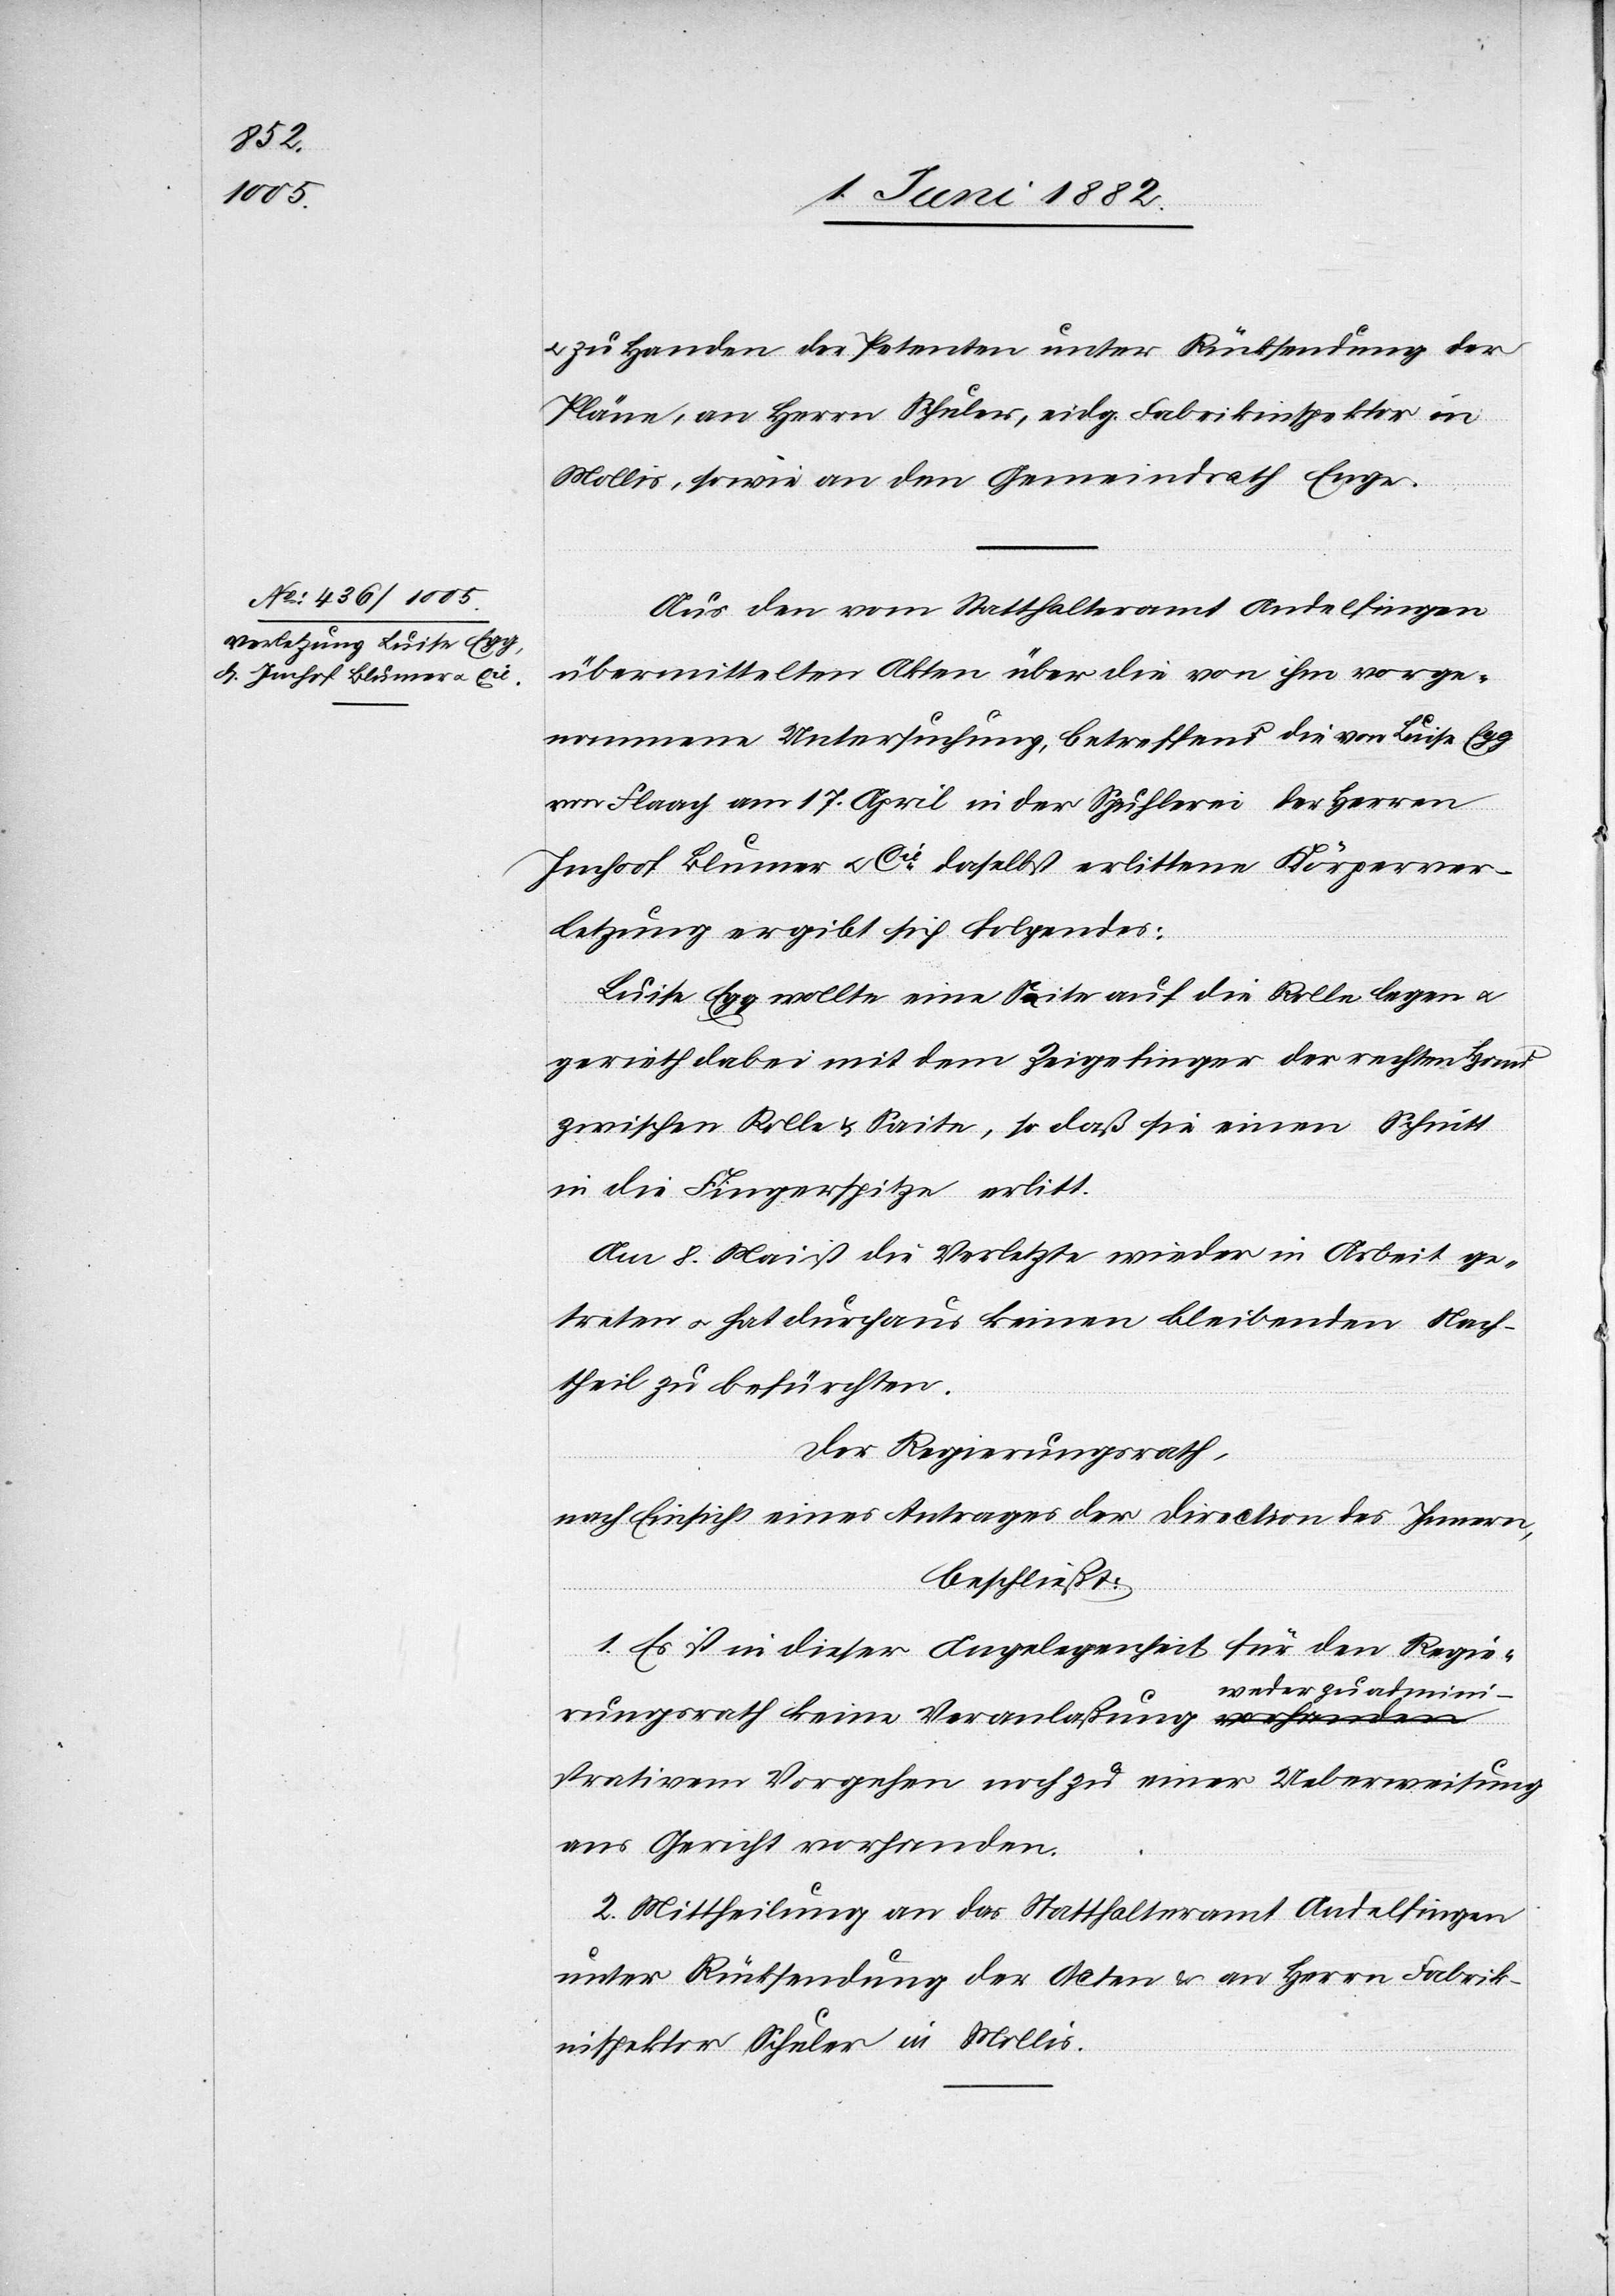
admini¬

u. zu Handen der Petenten unter Rücksendung der
Pläne, an Herrn Schuler, eidg. Fabrikinspektor in
Mollis, sowie an den Gemeindrath Enge.
Aus den vom Statthalteramt Andelfingen
übermittelten Akten über die von ihm vorge¬
nommene Untersuchung, betreffend die von Luise Egg
von Flaach am 17. April in der Spuhlerei der Herren
Imhof Blumer u. Cie daselbst erlittene Körperver¬
letzung ergibt sich Folgendes:
Luise Egg wollte eine Saite auf die Rolle legen u.
gerieth dabei mit dem Zeigefinger der rechten Hand
zwischen Rolle & Saite, so daß sie einen Schnitt
in die Fingerspitze erlitt.
Am 8. Mai ist die Verletzte wieder in Arbeit ge¬
treten u. hat durchaus keinen bleibenden Nach¬
theil zu befürchten.
Der Regierungsrath,
nach Einsicht eines Antrages der Direction des Innern,
beschließt:
1. Es ist in dieser Angelegenheit für den Regie¬
rungsrath keine Veranlaßung weder
strativem Vorgehen noch zu einer Ueberweisung
ans Gericht vorhanden.
2. Mittheilung an das Statthalteramt Andelfingen
unter Rücksendung der Acten & an Herrn Fabrik¬
inspektor Schuler in Mollis.